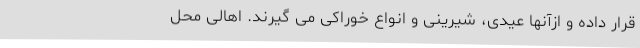
قرار داده و ازآنها عیدی، شیرینی و انواع خوراکی می گیرند. اهالی محل